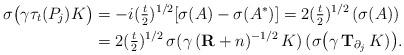
LaTeX: \begin{align*} \sigma\big(\gamma \tau_t(P_j) K\big)&=-i(\tfrac{t}{2})^{1/2}[\sigma(A)-\sigma(A^*)]=2(\tfrac{t}{2})^{1/2} \, (\sigma(A))\\ &=2(\tfrac{t}{2})^{1/2}\,\sigma(\gamma\,(\mathbf R+n)^{-1/2}\,K)\,( \sigma\big(\mathbf \gamma \,\mathbf T_{\partial_j}\, K)\big). \end{align*}